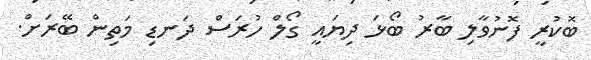
ބޮކުރީ ފޮނުވާލި ބާރު ބޯޅަ ދިޔައީ ގޯލް ހުރަސް ދަނޑި މަތިން ބޭރަށް.